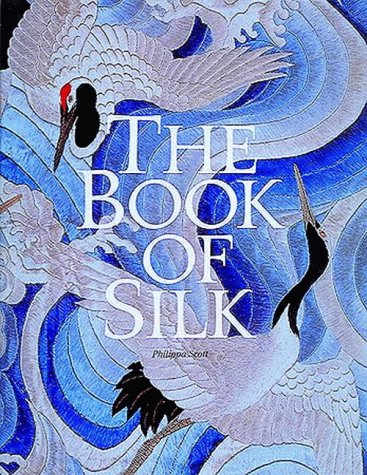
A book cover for The Book of Silk; Philippa Scott; Crafts, Hobbies & Home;